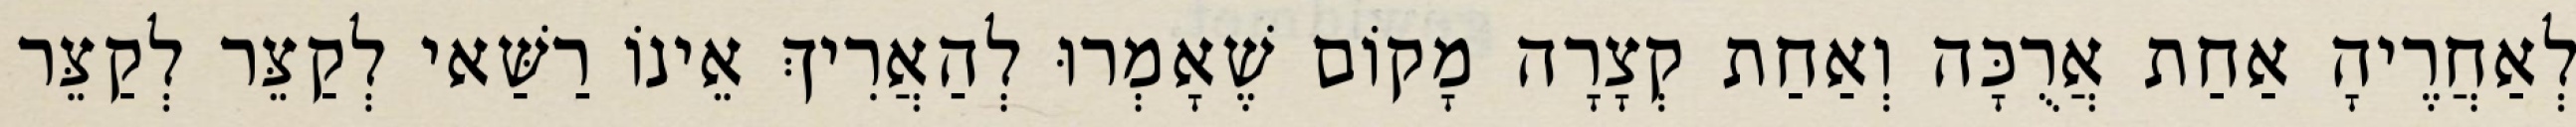
לְאַחֲרֶיהָ אַחַת אֲרֻכָּה וְאַחַת קְצָרָה מָקוֹם שֶׁאָמְרוּ לְהַאֲרִיךְ אֵינוֹ רַשַּׁאי לְקַצֵּר לְקַצֵּר